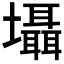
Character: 𡓳